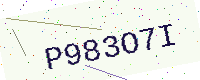
Text: P983O7I